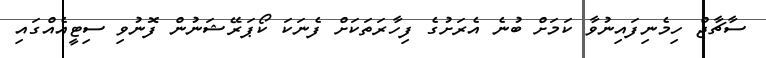
ސާޗާޖް ހިމެނިފައިނުވާ ކަމަށް ބުނެ އެރަށުގެ ފިހާރަތަކަށް ފެނަކަ ކޯޕަރޭޝަނުން ފޮނުވި ސިޓީއެއްގައި